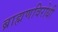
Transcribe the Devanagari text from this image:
ब्राह्मणविरोधी